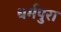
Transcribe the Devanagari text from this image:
धर्मपुरा